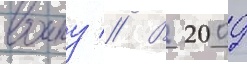
воину // В 2009